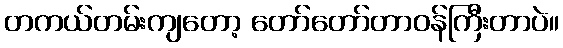
တကယ်တမ်းကျတော့ တော်တော်တာဝန်ကြီးတာပဲ။